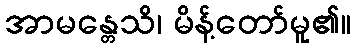
အာမန္တေသိ၊ မိန့်တော်မူ၏။